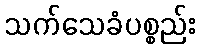
သက်သေခံပစ္စည်း